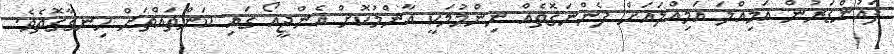
ފައުންޑަރުން އަމިއްލަ އަމިއްލައަށް ފެންނަގޮތެއް ނިންމުމަކީ އާންމުކޮށް އެންޖީއޯ ގައި ކަންތައްތަށް ހިނގާގޮތެވެ.